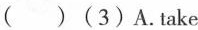
( )(3)A.Take